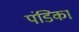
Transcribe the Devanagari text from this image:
पंडिका